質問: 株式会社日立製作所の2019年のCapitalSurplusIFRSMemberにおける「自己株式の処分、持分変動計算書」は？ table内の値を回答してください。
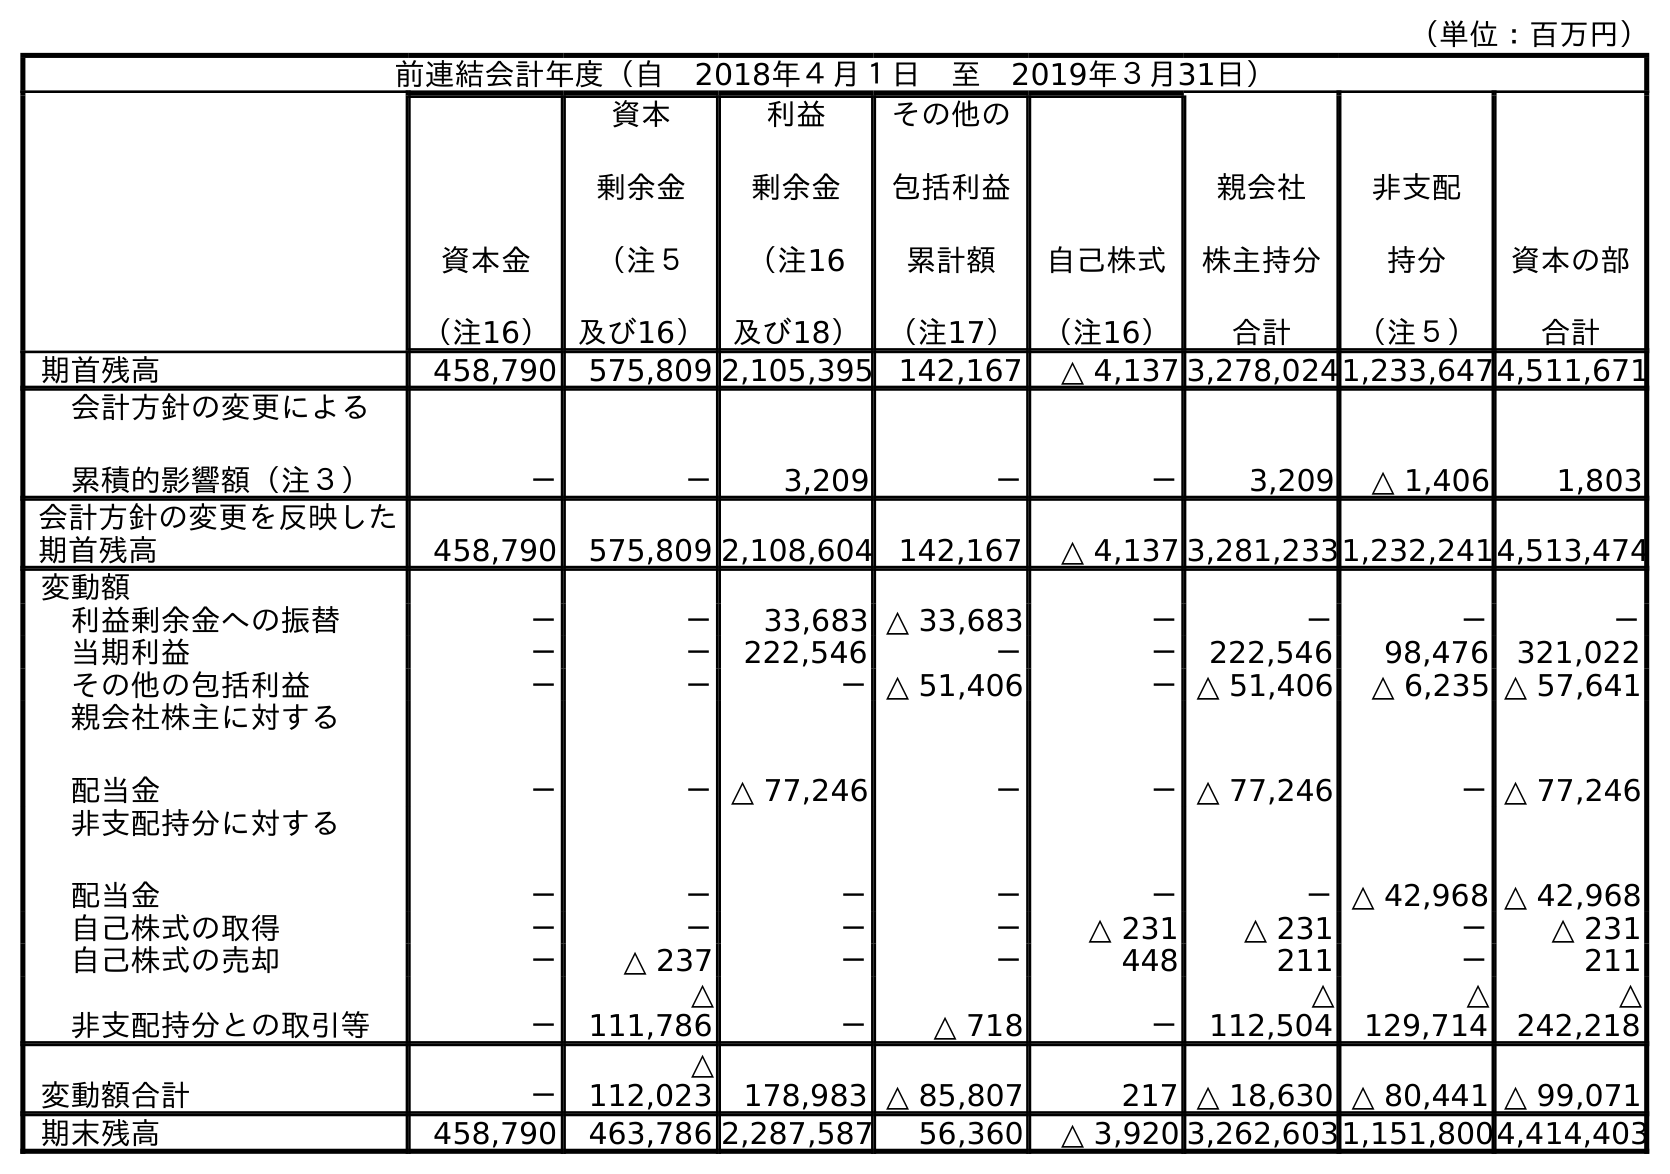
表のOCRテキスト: （単位：百万円） 前連結会計年度（自 2018年４月１日 至 2019年３月31日） 資本金 （注16） 資本 剰余金 （注５ 及び16） 利益 剰余金 （注16 及び18） その他の 包括利益 累計額 （注17） 自己株式 （注16） 親会社 株主持分 合計 非支配 持分 （注５） 資本の部 合計 期首残高 458,790 575,809 2,105,395 142,167 △ 4,137 3,278,0241,233,6474,511,671 会計方針の変更による 累積的影響額（注３） － － 3,209 － － 3,209 △ 1,406 1,803 会計方針の変更を反映した 期首残高 458,790 575,809 2,108,604 142,167 △ 4,137 3,281,2331,232,2414,513,474 変動額 利益剰余金への振替 － － 33,683 △ 33,683 － － － － 当期利益 － － 222,546 － － 222,546 98,476 321,022 その他の包括利益 － － －△ 51,406 －△ 51,406 △ 6,235 △ 57,641 親会社株主に対する 配当金 － －△ 77,246 － －△ 77,246 －△ 77,246 非支配持分に対する 配当金 － － － － － －△ 42,968 △ 42,968 自己株式の取得 － － － － △ 231 △ 231 － △ 231 自己株式の売却 － △ 237 － － 448 211 － 211 非支配持分との取引等 － △ 111,786 － △ 718 － △ 112,504 △ 129,714 △ 242,218 変動額合計 － △ 112,023 178,983 △ 85,807 217 △ 18,630 △ 80,441 △ 99,071 期末残高 458,790 463,786 2,287,587 56,360 △ 3,920 3,262,6031,151,8004,414,403
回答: △237